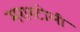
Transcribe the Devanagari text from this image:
मरारटोली